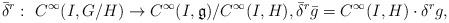
LaTeX: \begin{align*}\bar\delta^r: \ C^{\infty}(I,G/H)\to C^{\infty}(I,\mathfrak g)/C^{\infty}(I,H),\bar\delta^r\bar g=C^{\infty}(I,H)\cdot\delta^r g,\end{align*}